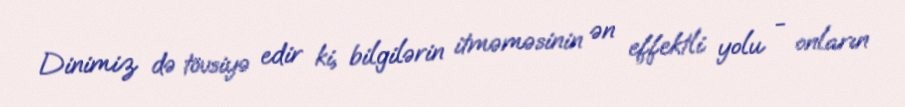
Dinimiz də tövsiyə edir ki, bilgilərin itməməsinin ən effektli yolu - onların